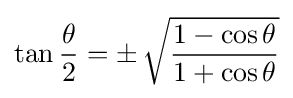
\tan {\frac {\theta }{2}}=\pm \,{\sqrt {\frac {1-\cos \theta }{1+\cos \theta }}}